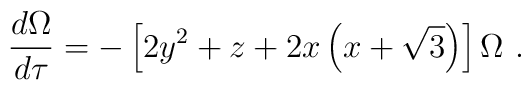
\frac{d\Omega}{d\tau} = -\left[2y^2 + z +  2x\left(x+\sqrt{3}\right)\right]\Omega \ .